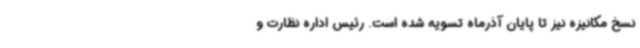
نسخ مکانیزه نیز تا پایان آذرماه تسویه شده است. رئیس اداره نظارت و